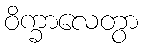
ဝိက္ခာလေတွာ